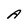
Character: A